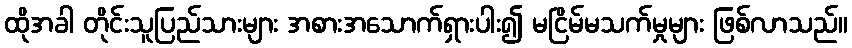
ထိုအခါ တိုင်းသူပြည်သားများ အစားအသောက်ရှားပါး၍ မငြိမ်မသက်မှုများ ဖြစ်လာသည်။